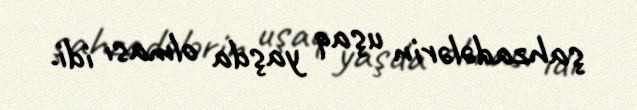
şahzadələrin uşaq yaşda olması idi.